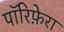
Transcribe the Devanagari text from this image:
पॉरिफ़ेरा